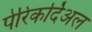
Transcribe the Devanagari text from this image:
पेरिकर्दिअल